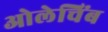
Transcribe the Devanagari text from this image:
ओलेचिंब